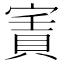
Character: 𡪓